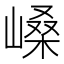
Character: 𫶐